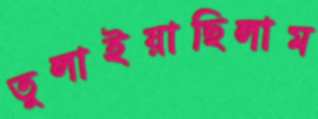
তুলাইয়াছিলাম